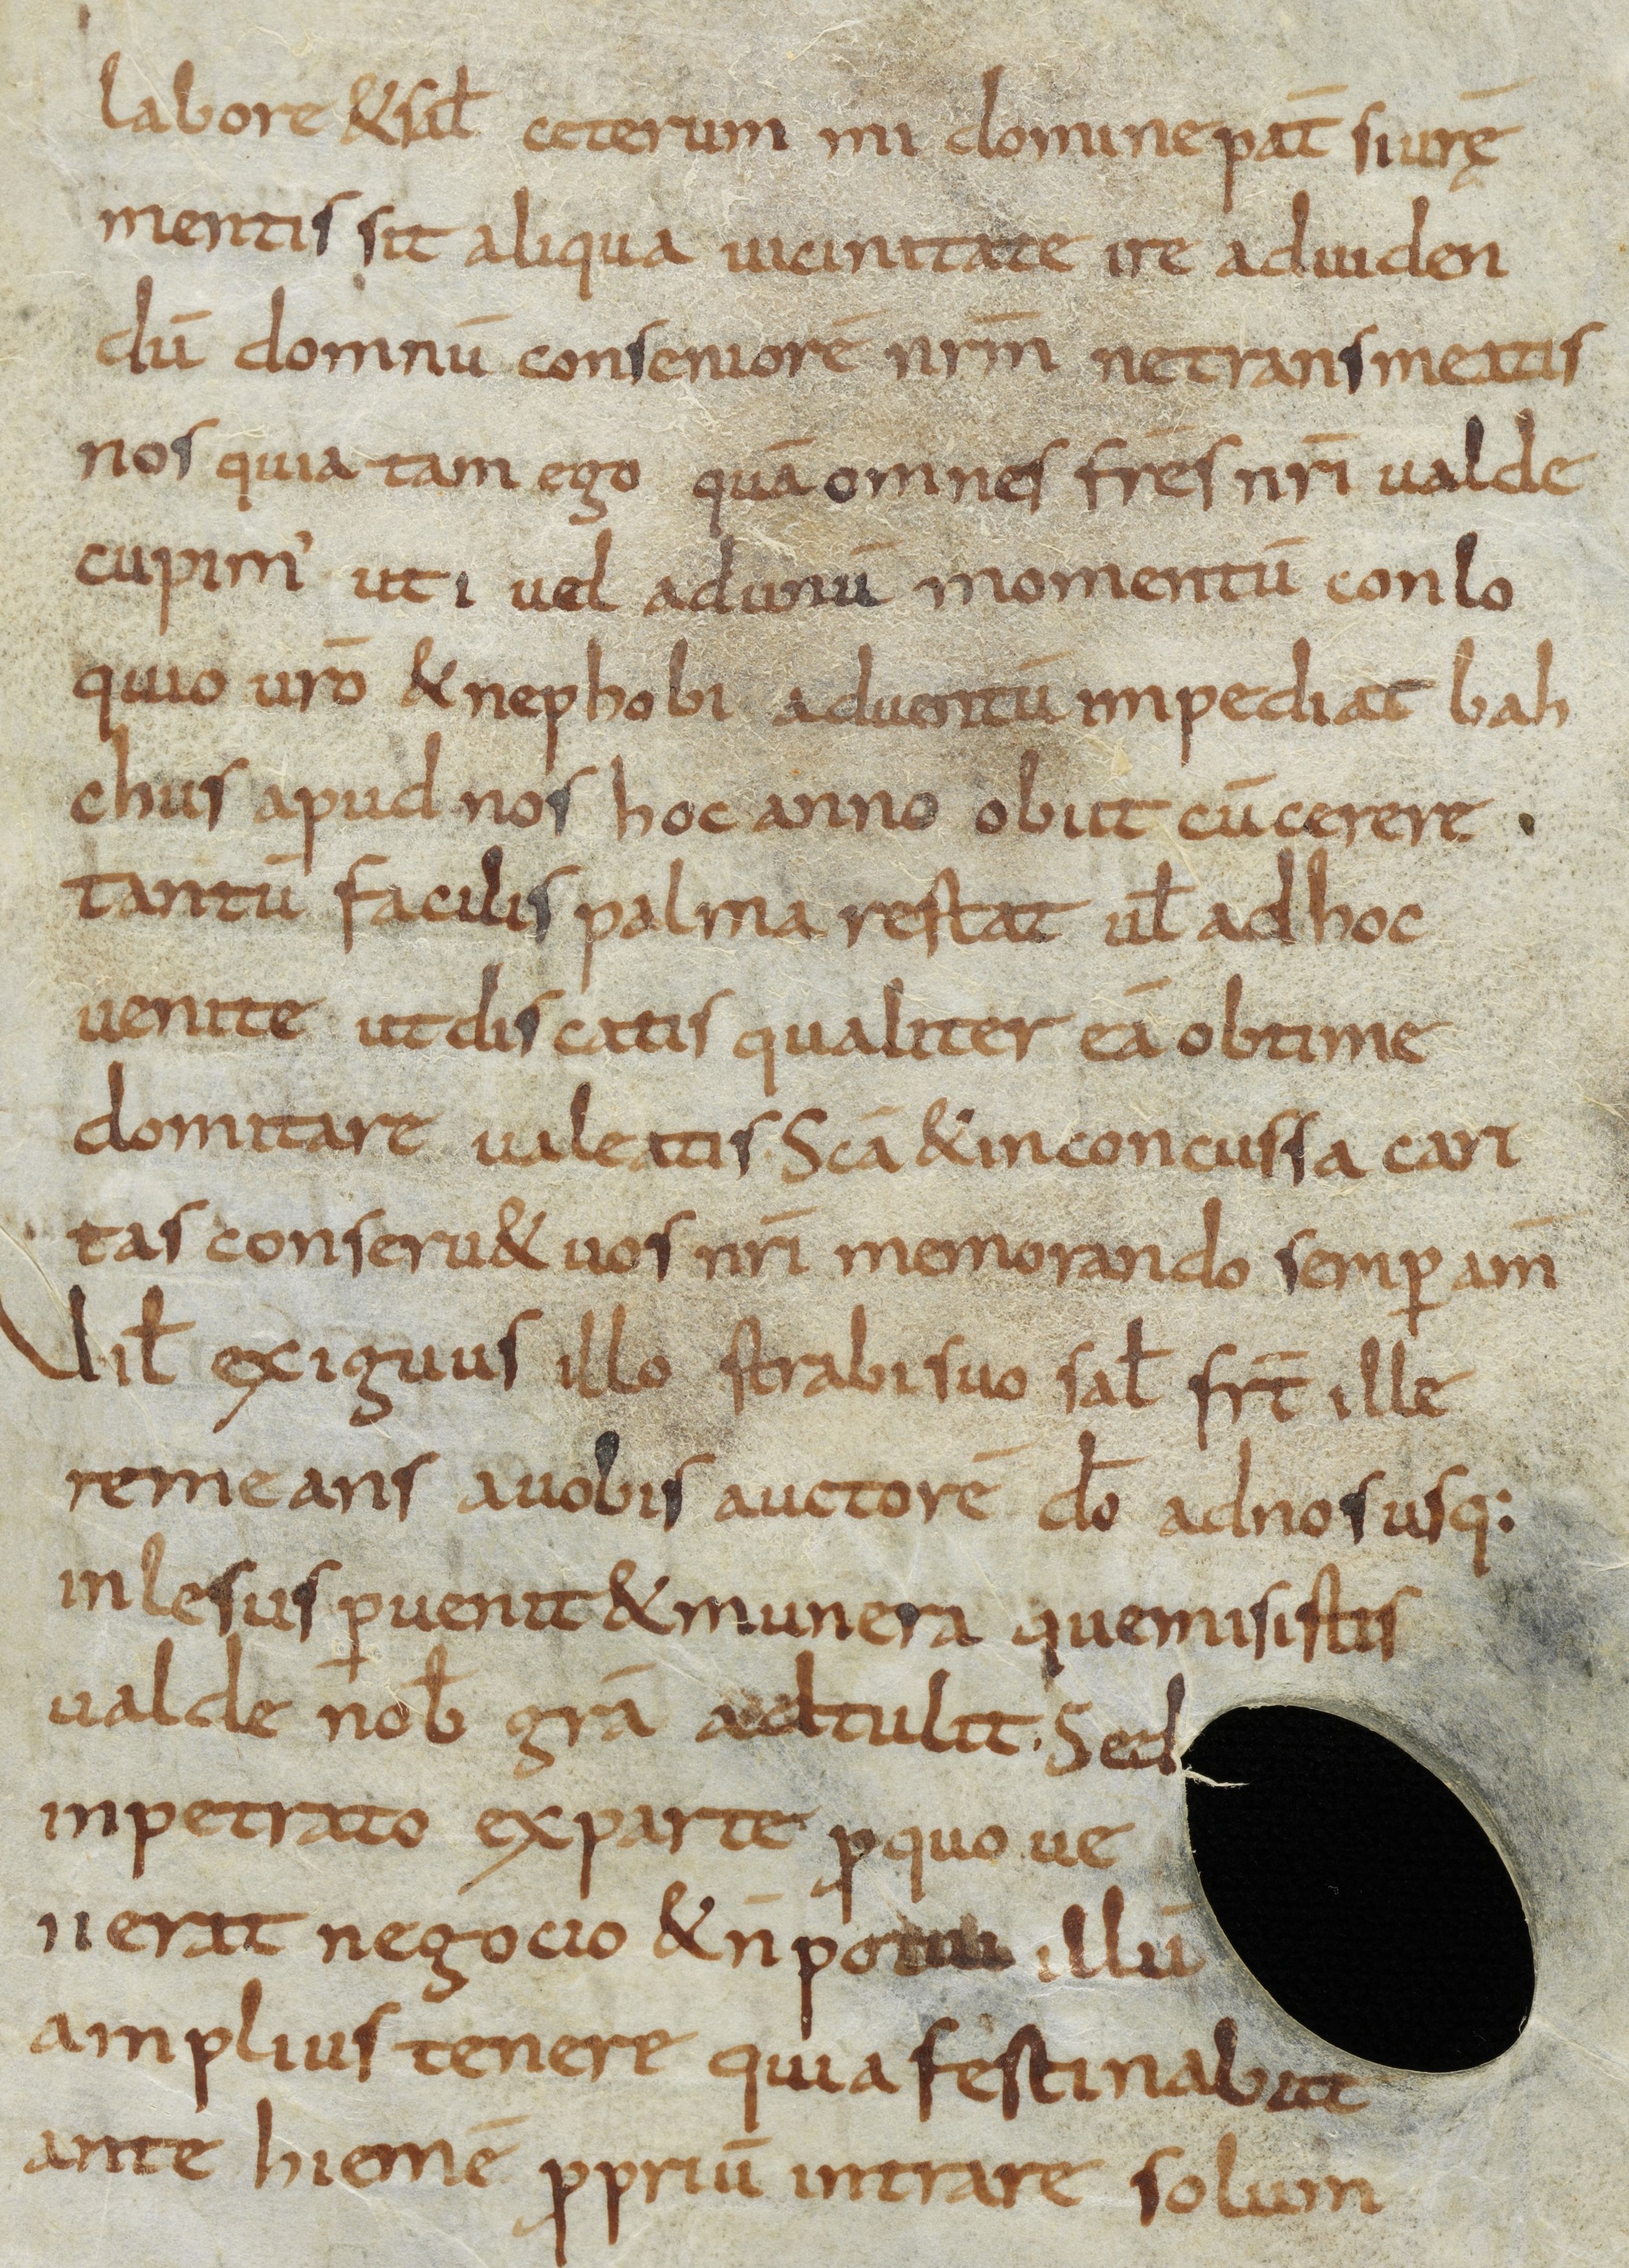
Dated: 850–899